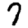
Digit: 7